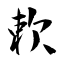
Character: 欶